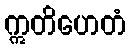
ဣတိဟေတံ